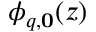
\phi _ { q , \mathbf { 0 } } ( z )